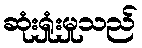
ဆုံးရှုံးမှုသည်